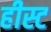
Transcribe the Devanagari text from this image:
हीस्ट